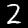
Digit: 2